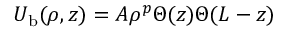
U _ { \mathrm { b } } ( \rho , z ) = A \rho ^ { p } \Theta ( z ) \Theta ( L - z )